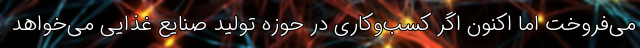
می‌فروخت اما اکنون اگر کسب‌وکاری در حوزه تولید صنایع غذایی می‌خواهد